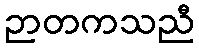
ဉာတကသညီ